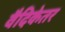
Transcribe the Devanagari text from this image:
वैदिकेतर